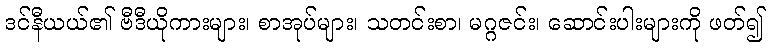
ဒင်နီယယ်၏ ဗီဒီယိုကားများ၊ စာအုပ်များ၊ သတင်းစာ၊ မဂ္ဂဇင်း၊ ဆောင်းပါးများကို ဖတ်၍